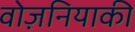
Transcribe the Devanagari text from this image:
वोज़नियाकी